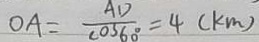
O A = \frac { A D } { \cos 6 0 ^ { \circ } } = 4 ( k m )